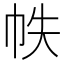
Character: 帙